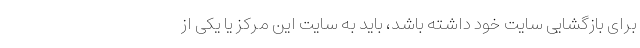
برای بازگشایی سایت خود داشته باشد، باید به سایت این مرکز یا یکی از